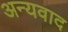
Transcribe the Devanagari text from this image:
अन्यवाद